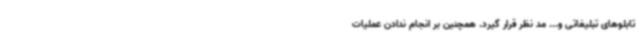
تابلوهای تبلیغاتی و... مد نظر قرار گیرد. همچنین بر انجام ندادن عملیات